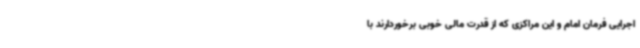
اجرایی فرمان امام و این مراکزی که از قدرت مالی خوبی برخوردارند با